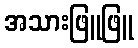
အသားဖြူဖြူ